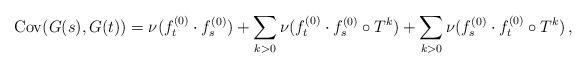
LaTeX: \begin{align*}\mathrm{Cov}(G(s), G(t))=\nu (f_t^{(0)} \cdot f^{(0)}_s) + \sum_{k>0} \nu (f_t^{(0)} \cdot f_s^{(0)} \circ T^k) +\sum_{k>0} \nu (f_s^{(0)} \cdot f_t^{(0)} \circ T^k) \, ,\end{align*}